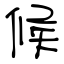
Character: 候